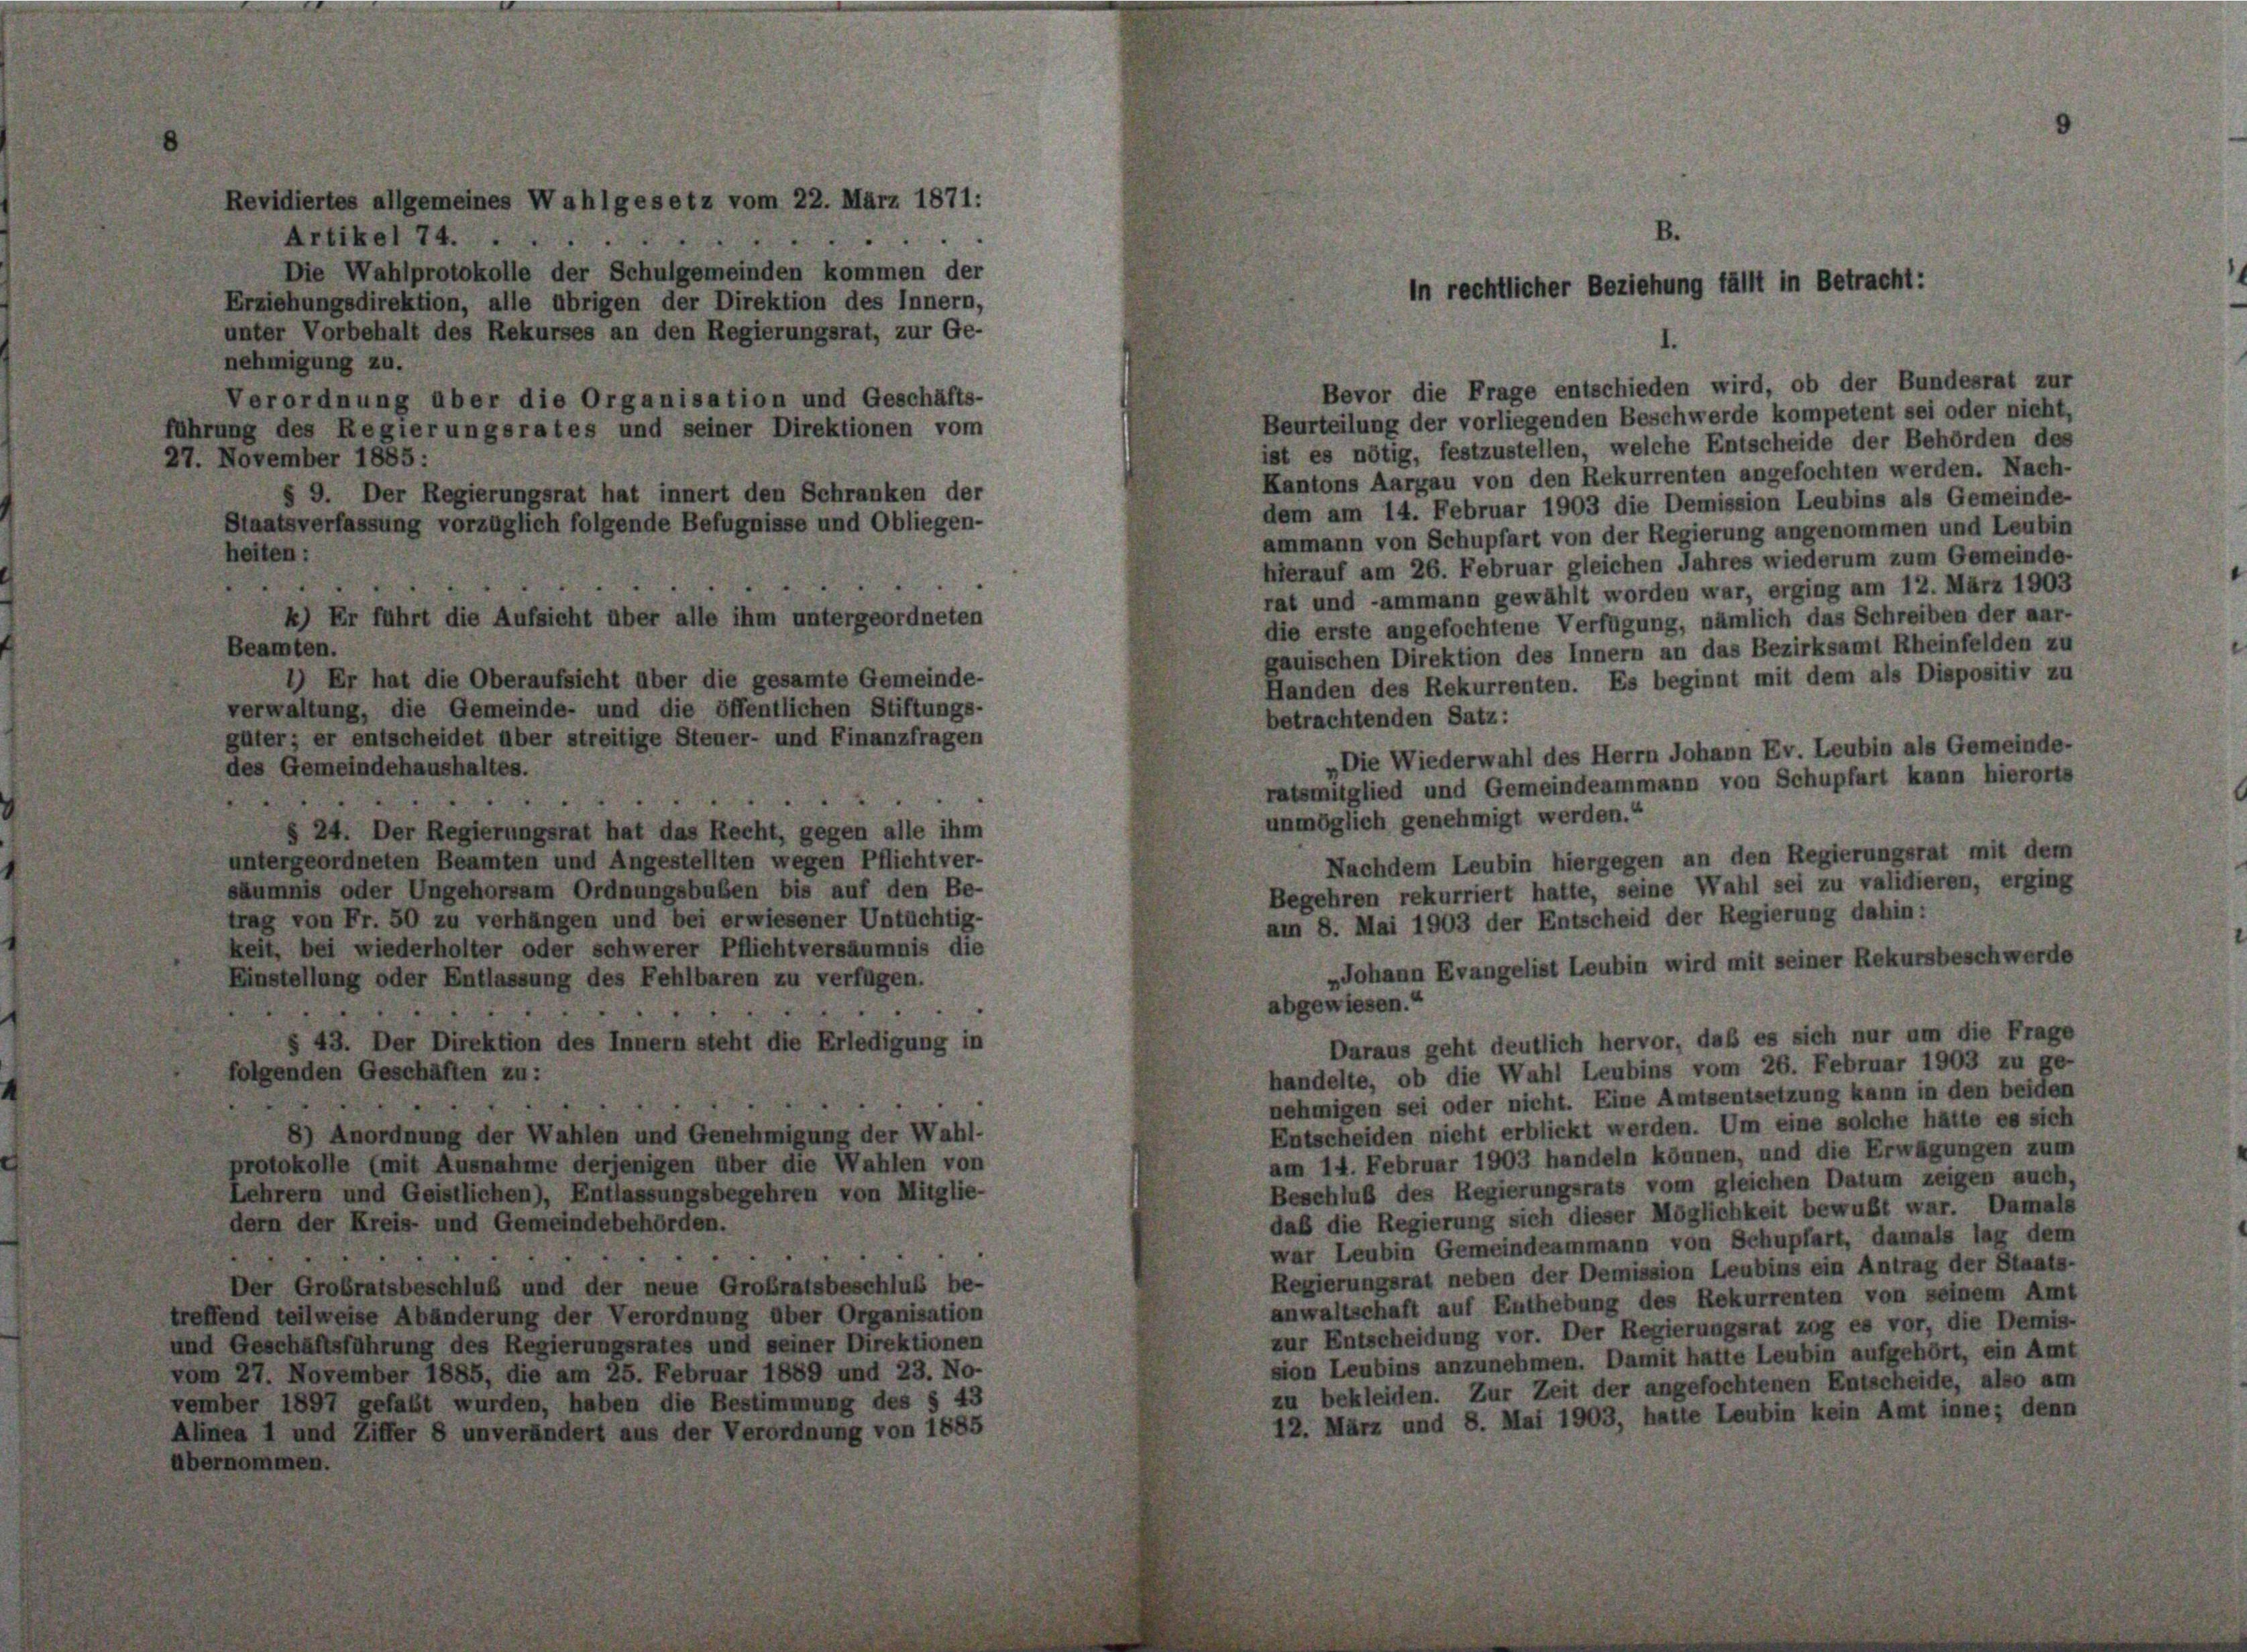
Ar

a

iehungsdirektion, alle übrigen der Direktion des Innern,
unter Vorbehalt des Rekurses an den Regierungsrat, zur Ge-
nehmigung zu.
Verordnung über die Organisation und Geschäfts-

führung des Regierungsrates und seiner Direktionen vom
27. November 1885 :
§ 9. Der Regierungsrat hat innert den Schranken der
Staatsverfassung vorzüglich folgende Befugnisse und Obliegen-

0

tikel 74.
Die Wahlprotokolle der Schulgemeinden kommen der

2
) Er führt die Aufsicht über alle ihm untergeordneten
n.
Er hat die Oberaufsicht über die gesamte Gemeinde-

emeines Wahlgesetz vom 22. März 1871:

ng, die Gemeinde- und die öffentlichen Stift
r entscheidet über streitige Steuer- und Finanz-

4. Der Regierungsrat hat das Recht, gegen alle ihm
ordneten Beamten und Angestellten wegen Pflicht ver-
oder Ungehorsam Ordnungsbuben bis auf den Be-
Fr. 50 zu verhängen und bei erwiesener Untüchtig-
si wiederholter oder schwerer Pflichtversäumnis die
ung oder Entlassung des Fehlbaren zu verfügen.
43. Der Direktion des Innern steht die Erledigung in

Wahlen und Genehmigung de
hine derjenigen über die Wahl
), Entlassungsbegehren von

er Dir

ungs-

en

Wahl-
en von
Mitglie-

Beurteilung der vorliegenden Beschwerde kompetent sei oder nicht,
ist es nötig, festzustellen, welche Entscheide der Behörden des
Kantons Aargau von den Rekurrenten angefochten werden. Nach-
dem am 14. Februar 1903 die Demission Leubins als Gemeinde-
ammann von Schupfart von der Regierung angenommen und Leubin
hierauf am 26. Februar gleichen Jahres wiederum zum Gemeinde-
rat und -ammann gewählt worden war, erging am 12. März 1903
die erste angefochtene Verfügung, nämlich das Schreiben der aar-
gauischen Direktion des Innern an das Bezirksamt Rheinfelden zu
Handen des Rekurrenten. Es beginnt mit dem als Dispositiv zu
betrachtenden Satz:
Die Wiederwahl des Herrn Johann Ev. Leubin als Gemeinde-
ratsmitglied und Gemeindeammann von Schupfart kann hierorts
unmöglich genehmigt werden.“
Nachdem Leubin hiergegen an den Regierungsrat mit dem
Begehren rekurriert hatte, seine Wahl sei zu validieren, erging
am 8. Mai 1903 der Entscheid der Regierung dahin:
„Johann Evangelist Leubin wird mit seiner Rekursbeschwerde
abgewiesen.“
Daraus geht deutlich hervor, daß es sich nur um die Frage
handelte, ob die Wahl Leubins vom 26. Februar 1903 zu ge-
nehmigen sei oder nicht. Eine Amtsentsetzung kann in den beiden
Entscheiden nicht erblickt werden. Um eine solche hätte es sich
am 14. Februar 1903 handeln können, und die Erwägungen zum
Beschluß des Regierungsrats vom gleichen Datum zeigen auch,
daß die Regierung sich dieser Möglichkeit bewußt war. Damals
war Leubin Gemeindeammann von Schupfart, damals lag dem
Regierungsrat neben der Demission Leubins ein Antrag der Staats-
anwaltschaft auf Enthebung des Rekurrenten von seinem Amt
zur Entscheidung vor. Der Regierungsrat zog es vor, die Demis-
sion Leubins anzunehmen. Damit hatte Leubin aufgehört, ein Amt
zu bekleiden. Zur Zeit der angefochtenen Entscheide, also am
12. März und 8. Mai 1903, hatte Leubin kein Amt inne; denn

B.
in rechtlicher Beziehung fällt in Betracht:

Bevor die Frage entschieden wird, ob der Bundesrat zur